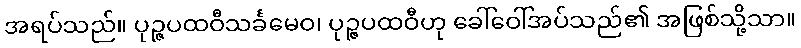
အရပ်သည်။ ပုဉ္ဇပထဝီသင်္ခမေဝ၊ ပုဉ္ဇပထဝီဟု ခေါ်ဝေါ်အပ်သည်၏ အဖြစ်သို့သာ။